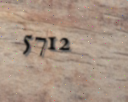
5712